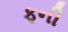
ફની